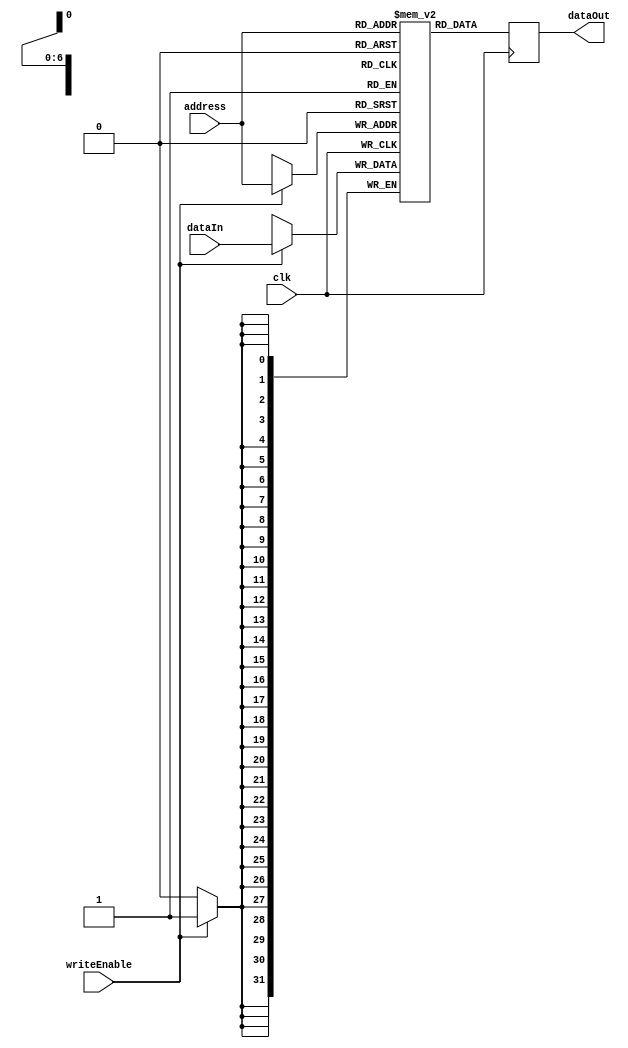
// Reused given code from Lab 2

//------------------------------------------------------------------------
// Data Memory
//   Positive edge triggered
//   dataOut always has the value mem[address]
//   If writeEnable is true, writes dataIn to mem[address]
//------------------------------------------------------------------------

module datamemory
#(
    parameter addresswidth  = 7,
    parameter depth         = 2**addresswidth,
    parameter width         = 32
)
(
    input 		                clk,
    output reg [width-1:0]      dataOut,
    input [addresswidth-1:0]    address,
    input                       writeEnable,
    input [width-1:0]           dataIn
);


    reg [width-1:0] memory [depth-1:0];

    always @(posedge clk) begin
        if(writeEnable)
            memory[address] <= dataIn;
        dataOut <= memory[address];
    end

endmodule